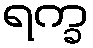
ရက္ခ